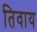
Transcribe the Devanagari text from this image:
तिवाय